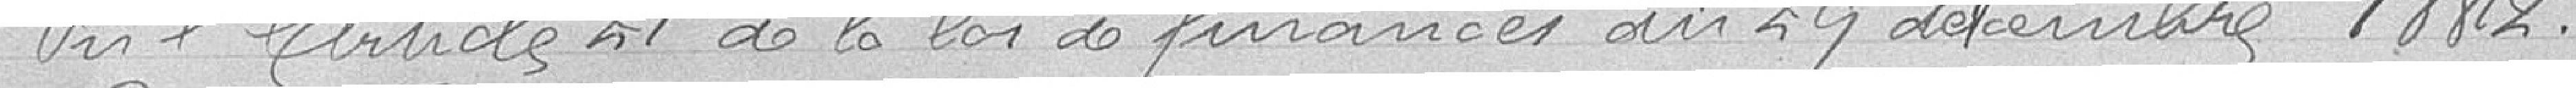
Vu l'article 21 de la loi  de finances du 29 décembre 1882